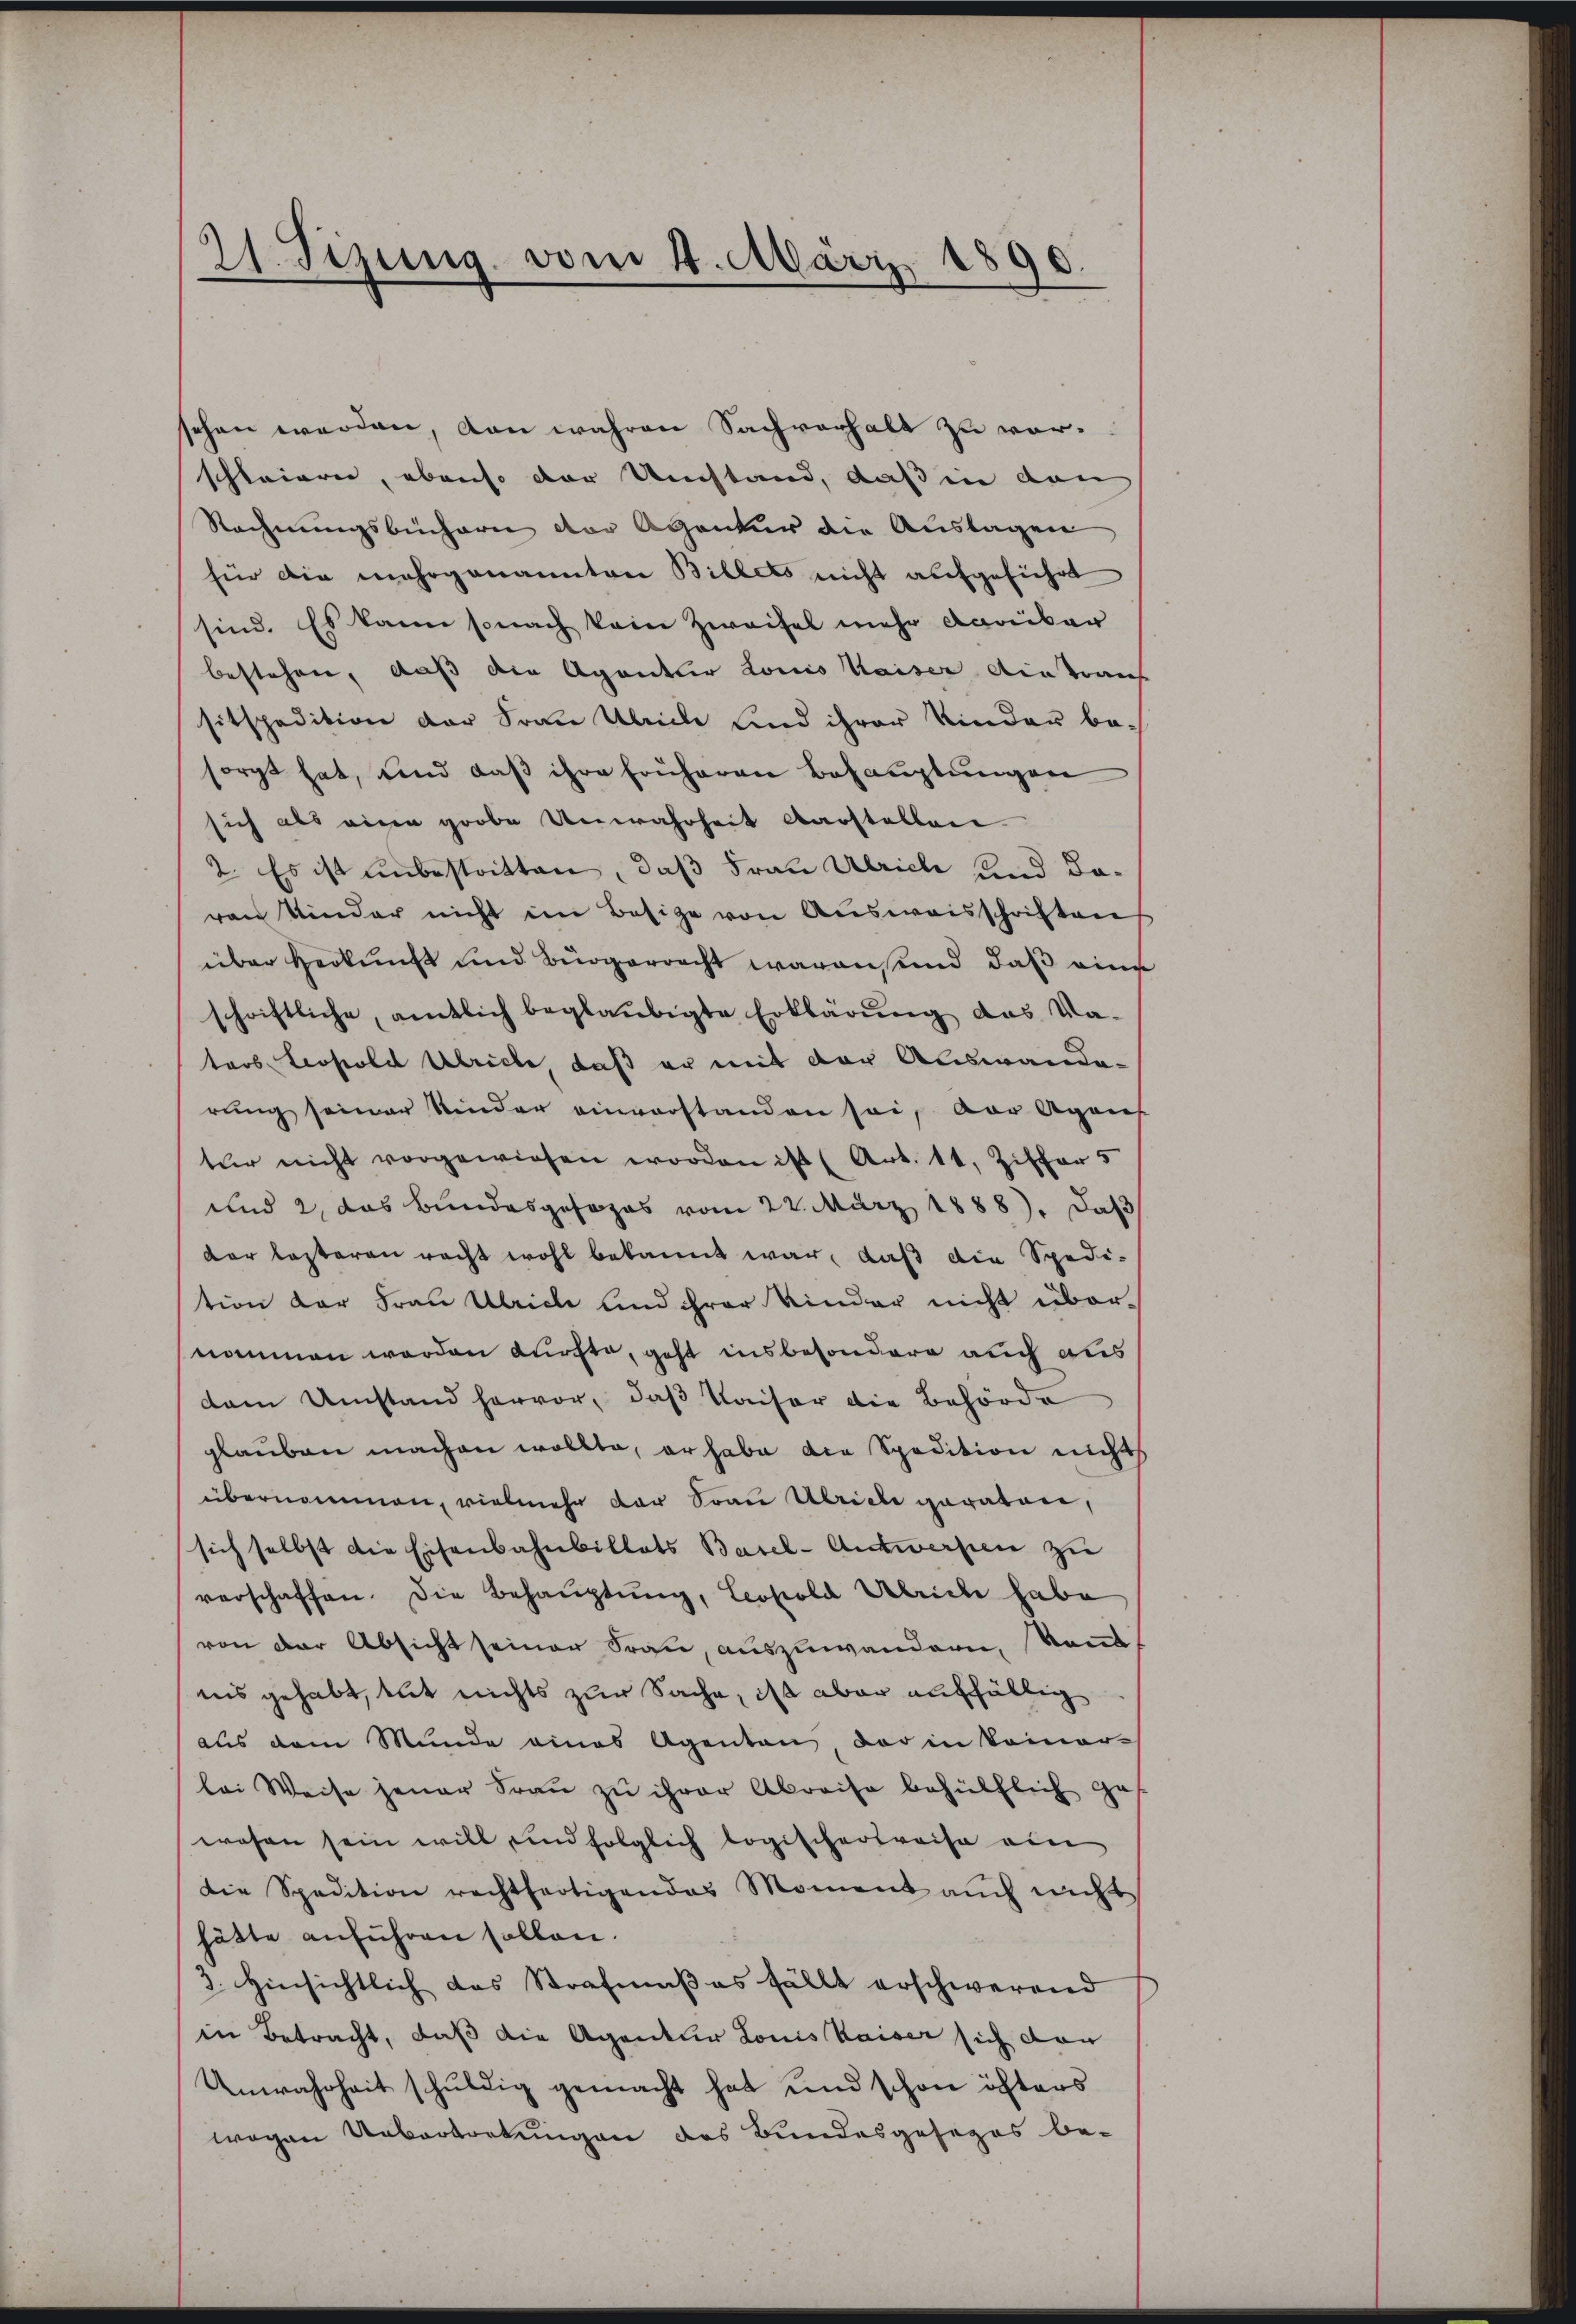
21. Sizung vom 4. März 1890.

sehen werden, von wahren Sachverhalt zu vorschleiern, ebenso der Umstand, daß in den
Rechnungsbüchern der Agentur die Auslagen
für die mehrgenannten Billets nicht aufgeführt
sind. Es kann sonach kein Zweifel mehr darüber
bestehen, daß die Agentler Louis Kaiser ain trauf
sitspedition der Frau Ulriche und ihrer Kinder be-
sorgt hat, und daβ ihre früheren Behauptungen
sich als eine grobe Unwahrheit darstellen
2. Es ist unbestatten, daß Frau Ulrich und davon Kinder nicht im Besitze von Ausweisschriften
über Herkunft und Bürgerrecht waren und daß eine
schriftliche, amtlich beglaubigte Erklärŭng das Va-
tars Leopold Ulrich, daß er mit der Auswanderung seiner Kinder einverstanden sei, der Agans
tur nicht vorgewiesen worden ist (Art. 11, Ziffer 5
und 2, das Bundesgesezes vom 22. März 1888), daß
der lasteren racht wohl bekannt war, daß die Spedi-
tion der Frau Ulrich und ihrer Kinder nicht übernommen werden dürfte, geht insbesondere auch aus
dem Umstand hervor, daβ Kaiser die Behörde
glauben machen wollte, er habe die Spedition nichts
übernommen, vielmehr der Frau Ulricli geraten,
sich selbst die Eisenbahnbillats Basel-Antwerfen zu
verschaffen. Die Behauptung, Leopold Abreiche habe
von der Absicht seiner Sran, auszuwandern, konnt
iis gehabt, mit nichts zur Sache, ist aber auffällig
aus dem Munde eines Agenten, der in keiner-
lei Weise jener Frau zu ihrer Abreise behülflich ges
wesen sein will und folglich logischerweise ein
die Spedition rechtfertigendes Moment aŭch nicht
hätte anführen sollen.
3. Hinsichtlich das Strafmaßes fällt erschwerend
in Betracht, daß die Agentur Louis Kaiser sich dan
Unwahrheit schŭldig gemacht hat und schon öfters
wegen Uebertretungen des Bundesgesezes be-